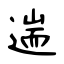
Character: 遄